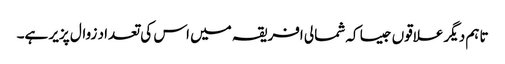
تاہم دیگر علاقوں جیسا کہ شمالی افریقہ میں اس کی تعداد زوال پزیر ہے۔